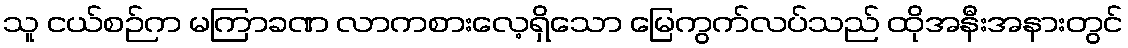
သူ ငယ်စဉ်က မကြာခဏ လာကစားလေ့ရှိသော မြေကွက်လပ်သည် ထိုအနီးအနားတွင်